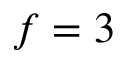
f = 3